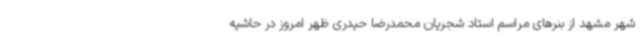
شهر مشهد از بنرهای مراسم استاد شجریان محمدرضا حیدری ظهر امروز در حاشیه